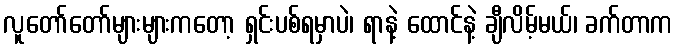
လူတော်တော်များများကတော့ ရှင်းပစ်ရမှာပဲ၊ ရာနဲ့ ထောင်နဲ့ ချီလိမ့်မယ်၊ ခက်တာက